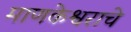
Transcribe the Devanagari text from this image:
माणकेश्वराचे